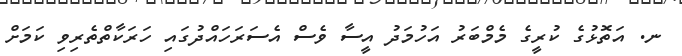
ނ. އަތޮޅުގެ ކުރީގެ މެމްބަރު އަހުމަދު އީސާ ވެސް އެސަރަހައްދުގައި ހަރަކާތްތެރިވި ކަމަށް